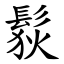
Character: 䯼